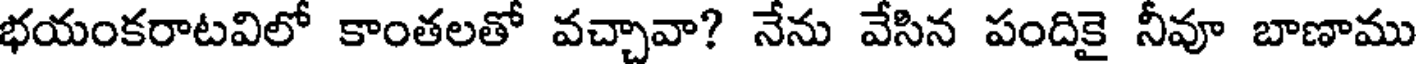
భయంకరాటవిలో కాంతలతో వచ్చావా? నేను వేసిన పందికై నీవూ బాణాము